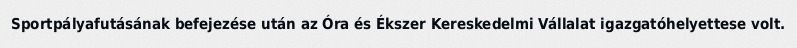
Sportpályafutásának befejezése után az Óra és Ékszer Kereskedelmi Vállalat igazgatóhelyettese volt.